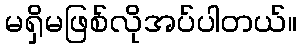
မရှိမဖြစ်လိုအပ်ပါတယ်။